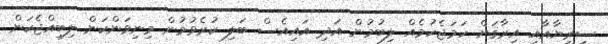
ސީރިޔާއާއި އިރާޤަށް ހަމަޖެހުމެއް ލިބުމުން އަދި އައިއެސް ބަލި ކުރެވުމުން މިނިވަންކަން ލިބިއްޖެކަން